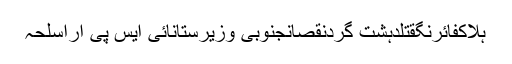
ہلاکفائرنگقتلدہشت گردنقصانجنوبی وزیرستانآئی ایس پی آراسلحہ